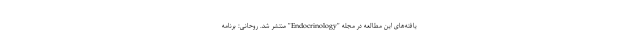
یافته‌های این مطالعه در مجله "Endocrinology" منتشر شد. روحانی: برنامه